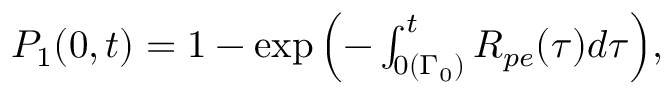
\begin{array} { r } { P _ { 1 } ( 0 , t ) = 1 - \exp { \Bigl ( - \int _ { 0 ( \Gamma _ { 0 } ) } ^ { t } R _ { p e } ( \tau ) d \tau \Bigr ) } , } \end{array}